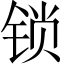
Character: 锁